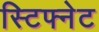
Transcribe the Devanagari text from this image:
स्टिफ्नेट